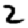
Digit: 2